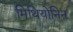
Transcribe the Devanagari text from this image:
मिथियोनिन